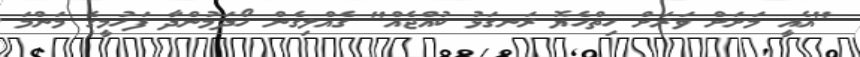
"އެއީ މަށަށް ވަރަށް ހިތްހެޔޮ ރަނގަޅު ކުއްޖެއް" ގެއްލިގެން ހޯދަމުންދާ ފަހުމީގެ މަންމަ